Annual administration report of the Civil Veterinary Department of India - 1894-1895
Year: 1894
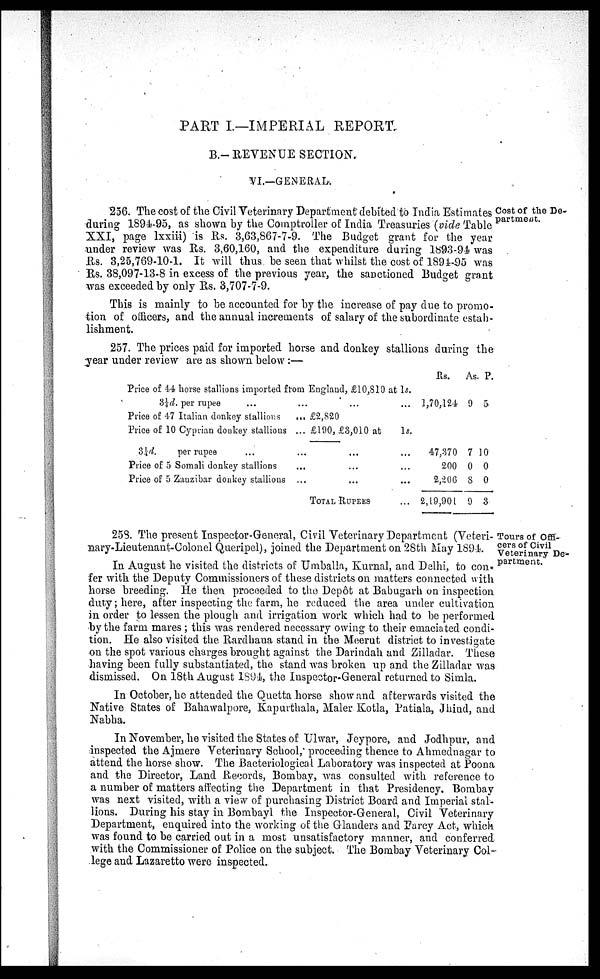
PART I.—IMPERIAL REPORT
B.- REVENUE SECTION.
VI.—GENERAL.
Cost of the De-
partment.
256. The cost of the Civil Veterinary Department debited to India Estimates
during 1894-95, as shown by the Comptroller of India Treasuries (vide Table
XXI, page lxxiii) is Rs. 3,63,867-7-9. The Budget grant for the year
under review was Rs. 3,60,160, and the expenditure during 1893-94 was
Rs. 3,25,769-10-1. It will thus be seen that whilst the cost of 1894-95 was
Rs. 38,097-13-8 in excess of the previous year, the sanctioned Budget grant
was exceeded by only Rs. 3,707-7-9.
This is mainly to be accounted for by the increase of pay due to promo-
tion of officers, and the annual increments of salary of the subordinate estab-
lishment.
257. The prices paid for imported horse and donkey stallions during the
year under review are as shown below :—
Price of 44 horse stallions imported from England, £10,810 at 1s.
3¼d. per rupee
...
...
Price of 47 Italian donkey stallions
... £2,820
Price of 10 Cyprian donkey stallious ... £190, £3,010 at
1s.
3¼d.
per rupee
...
...
...
...
Price of 5 Somali donkey stallions
...
...
...
Price of 5 Zanzibar donkey stallions ... ... ...
TOTAL RUPEES ...
Rs.
1,70,124
47,370
200
2,206
2,19,901
As.
9
7
0
8
9
P.
5
10
0
0
3
Tours of Offi-
cers of Civil
Veterinary De-
partment.
253. The present Inspector-General, Civil Veterinary Department (Veteri-
nary-Lieutenant-Colonel Queripel), joined the Department on 28th May 1894
In August he visited the districts of Umballa, Kurnal, and Delhi, to con-
fer with the Deputy Commissioners of these districts on matters connected with
horse breeding. He then proceeded to the Depôt at Babugarh on inspection
duty; here, after inspecting the farm, he reduced the area under cultivation
in order to lessen the plough and irrigation work which had to be performed
by the farm mares ; this was rendered necessary owing to their emaciated condi-
tion. He also visited the Rardhana stand in the Meerut district to investigate
on the spot various charges brought against the Darindah and Zilladar. These
having been fully substantiated, the stand was broken up and the Zilladar was
dismissed. On 18th August 1894, the Inspector-General returned to Simla.
In October, he attended the Quetta horse show and afterwards visited the
Native States of Bahawalpore, Kapurthala, Maler Kotla, Patiala, Jhind, and
Nabha.
In November, he visited the States of Ulwar, Jeypore, and Jodhpur, and
inspected the Ajmere Veterinary School, proceeding thence to Ahmednagar to
attend the horse show. The Bacteriological Laboratory was inspected at Poona
and the Director, Land Records, Bombay, was consulted with reference to
a number of matters affecting the Department in that Presidency. Bombay
was next visited, with a view of purchasing District Board and Imperial stal-
lions. During his stay in Bombayl the Inspector-General, Civil Veterinary
Department, enquired into the working of the Glanders and Farcy Act, which
was found to be carried out in a most unsatisfactory manner, and conferred
with the Commissioner of Police on the subject. The Bombay Veterinary Col-
lege and Lazaretto were inspected.